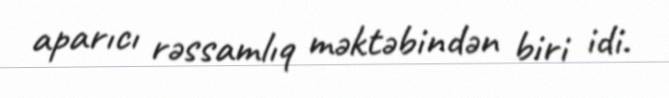
aparıcı rəssamlıq məktəbindən biri idi.